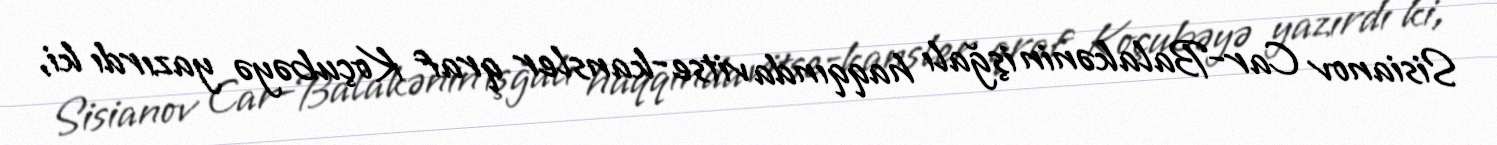
Sisianov Car-Balakənin işğalı haqqında vitse-kansler qraf Koçubəyə yazırdı ki,